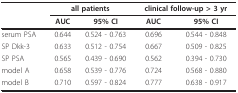
<table><thead><tr><td>[EMPTY_CELL]</td><td colspan="2"><b>all patients</b></td><td colspan="2"><b>clinical follow-up &gt; 3 yr</b></td></tr><tr><td>[EMPTY_CELL]</td><td><b>AUC</b></td><td><b>95% CI</b></td><td><b>AUC</b></td><td><b>95% CI</b></td></tr></thead><tbody><tr><td>serum PSA</td><td>0.644</td><td>0.524 - 0.763</td><td>0.696</td><td>0.544 - 0.848</td></tr><tr><td>SP Dkk-3</td><td>0.633</td><td>0.512 - 0.754</td><td>0.667</td><td>0.509 - 0.825</td></tr><tr><td>SP PSA</td><td>0.565</td><td>0.439 - 0.690</td><td>0.562</td><td>0.394 - 0.730</td></tr><tr><td>model A</td><td>0.658</td><td>0.539 - 0.776</td><td>0.724</td><td>0.568 - 0.880</td></tr><tr><td>model B</td><td>0.710</td><td>0.597 - 0.824</td><td>0.777</td><td>0.638 - 0.917</td></tr></tbody></table>